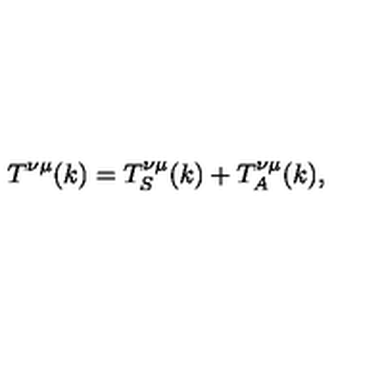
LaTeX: T ^ { \nu \mu } ( k ) = T _ { S } ^ { \nu \mu } ( k ) + T _ { A } ^ { \nu \mu } ( k ) ,